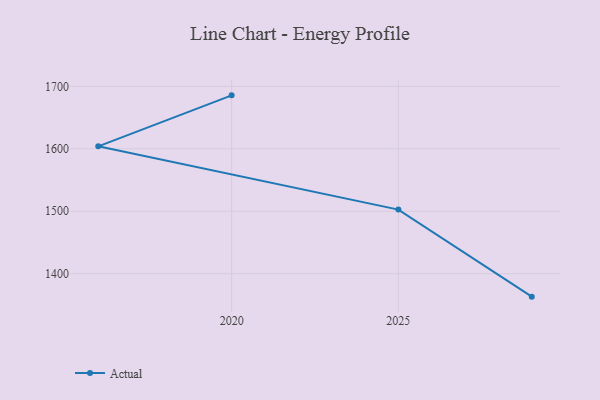
{"axis": {"x": "Year", "y": "Active Users"}, "legend": ["Actual"], "data": [{"x": "2029", "y": 1363.3, "type": "Actual"}, {"x": "2025", "y": 1502.7, "type": "Actual"}, {"x": "2016", "y": 1604.0, "type": "Actual"}, {"x": "2020", "y": 1685.6, "type": "Actual"}]}